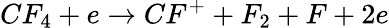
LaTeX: CF_{4}+e\rightarrow CF^{+}+F_{2}+F+2e